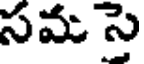
సమ సె